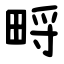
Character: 㽟